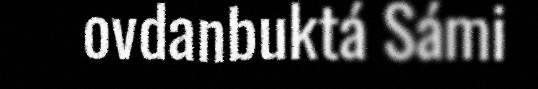
ovdanbuktá Sámi